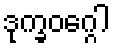
ဒုက္ခဝဂ္ဂေါ